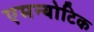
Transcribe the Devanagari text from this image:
एमन्योटिक